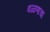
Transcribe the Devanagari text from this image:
वळणाचा